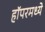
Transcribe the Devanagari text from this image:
हॉपरमध्ये